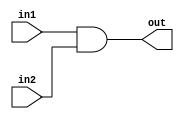
`timescale 1ns / 1ps
//////////////////////////////////////////////////////////////////////////////////
// Company: 
// Engineer: 
// 
// Design Name: 
// Module Name: k1
// Project Name: 
// Target Devices: 
// Tool Versions: 
// Description: 1 bit multiplier (simple & gate)
// 
// Dependencies: 
// 
// Revision:
// Revision 0.01 - File Created
// Additional Comments:
// 
//////////////////////////////////////////////////////////////////////////////////


module k1(
    input in1,
    input in2,
    output out
    );
    assign out = in1 & in2;
endmodule